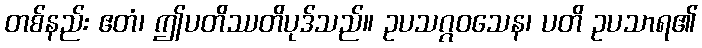
တစ်နည်း ဧတံ၊ ဤပတိဿတိပုဒ်သည်။ ဥပသဂ္ဂဝသေန၊ ပတိ ဥပသာရ၏